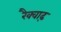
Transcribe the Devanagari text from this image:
रैक्वाढ़